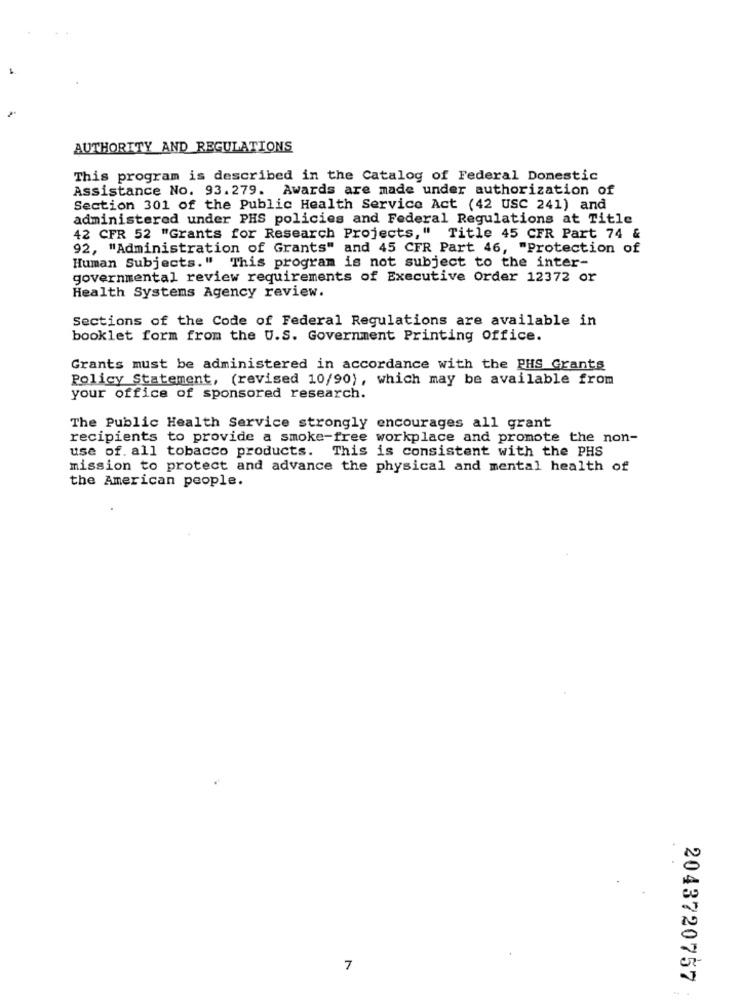
AUTHORITY AND REGULATIONS
This program is described in the Catalog of Federal Domestic
Assistance No. 93.279. Awards are made under authorization of
Section 301 of the Public Health Service Act (42 USC 241) and
administered under PHS policies and Federal Regulations at Title
42 CFR 52 "Grants for Research Projects," Title 45 CFR Part 74 &
92, "Administration of Grants" and 45 CFR Part 46, "Protection of
Human Subjects." This program is not subject to the inter-
governmental review requirements of Executive Order 12372 or
Health Systems Agency review.
Sections of the Code of Federal Regulations are available in
booklet form from the U.S. Government Printing office.
Grants must be administered in accordance with the PHS Grants
Policy Statement, (revised 10/90), which may be available from
your office of sponsored research.
The Public Health Service strongly encourages all grant
recipients to provide a smoke-free workplace and promote the non-
use of. all tobacco products. This is consistent with the PHS
mission to protect and advance the physical and mental health of
the American people.
7
2043720757